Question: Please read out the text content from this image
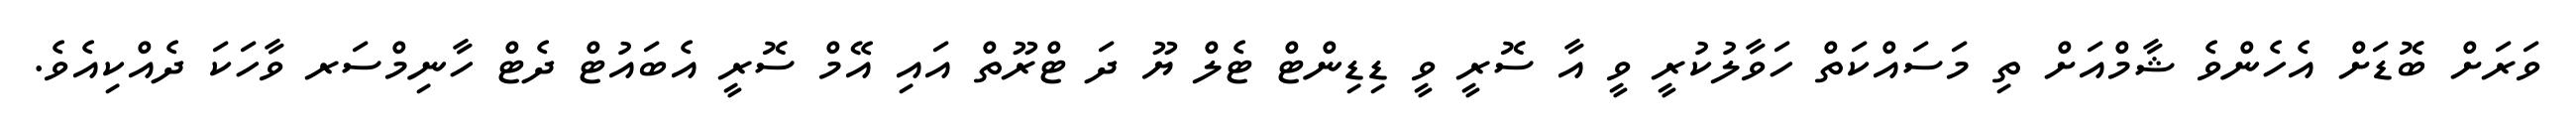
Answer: ވަރަށް ބޮޑަށް އެހެންވެ ޝާމްއަށް ތި މަސައްކަތް ހަވާލުކުރީ ވީ އާ ސޮރީ ވީ ޑިޑިންޓް ޓެލް ޔޫ ދަ ޓްރޫތް އައި އޭމް ސޮރީ އެބައުޓް ދެޓް ހާނިމްސަރ ވާހަކަ ދެއްކިއެވެ.